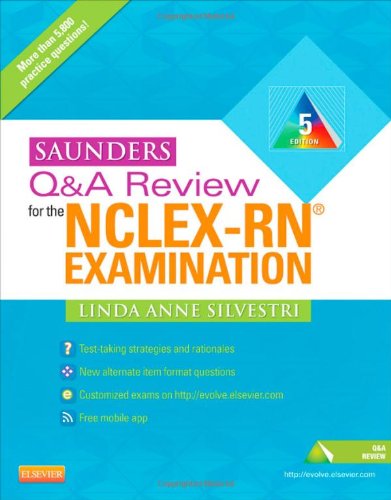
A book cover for Saunders Q & A Review for the NCLEX-RNÂ® Examination, 5e (Saunders Q&A Review for NCLEX-RN); Linda Anne Silvestri PhD  RN; Medical Books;